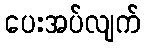
ပေးအပ်လျက်